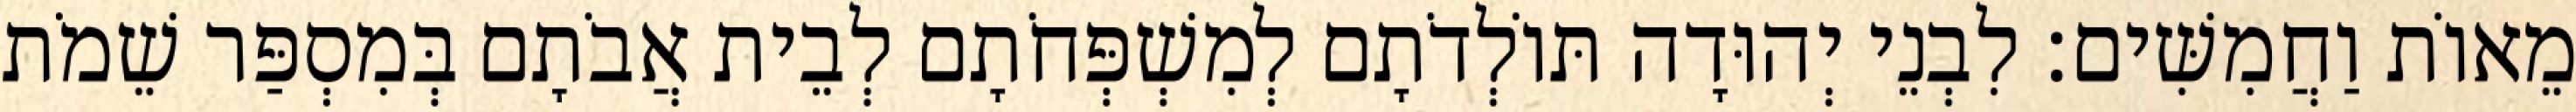
מֵאוֹת וַחֲמִשִּׁים׃ לִבְנֵי יְהוּדָה תּוֹלְדֹתָם לְמִשְׁפְּחֹתָם לְבֵית אֲבֹתָם בְּמִסְפַּר שֵׁמֹת